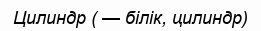
Цилиндр ( — білік, цилиндр)